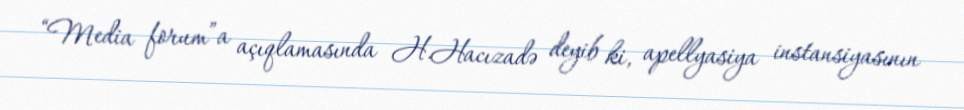
“Media forum”a açıqlamasında H.Hacızadə deyib ki, apellyasiya instansiyasının